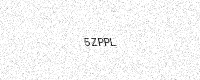
Text: 5ZPPL